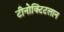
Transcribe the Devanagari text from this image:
टीनोक्टिटलान